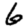
Digit: 6